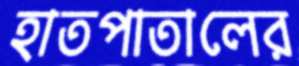
হাতপাতালের